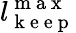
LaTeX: l_{\mathrm{~k~e~e~p~}}^{\mathrm{~m~a~x~}}